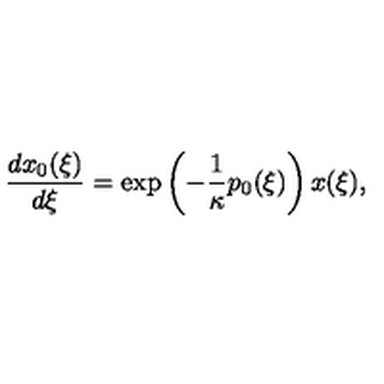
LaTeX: \frac { d x _ { 0 } ( \xi ) } { d \xi } = \exp \left( - \frac 1 \kappa p _ { 0 } ( \xi ) \right) x ( \xi ) ,